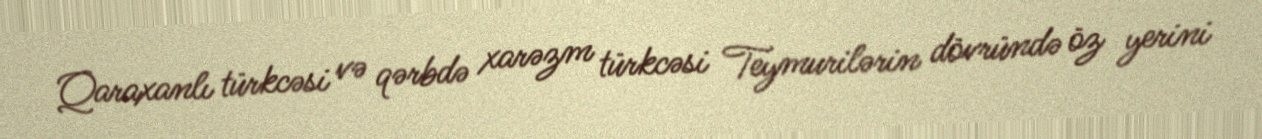
Qaraxanlı türkcəsi və qərbdə xarəzm türkcəsi Teymurilərin dövründə öz yerini